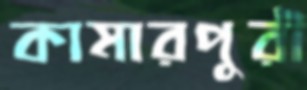
কামারপুরী